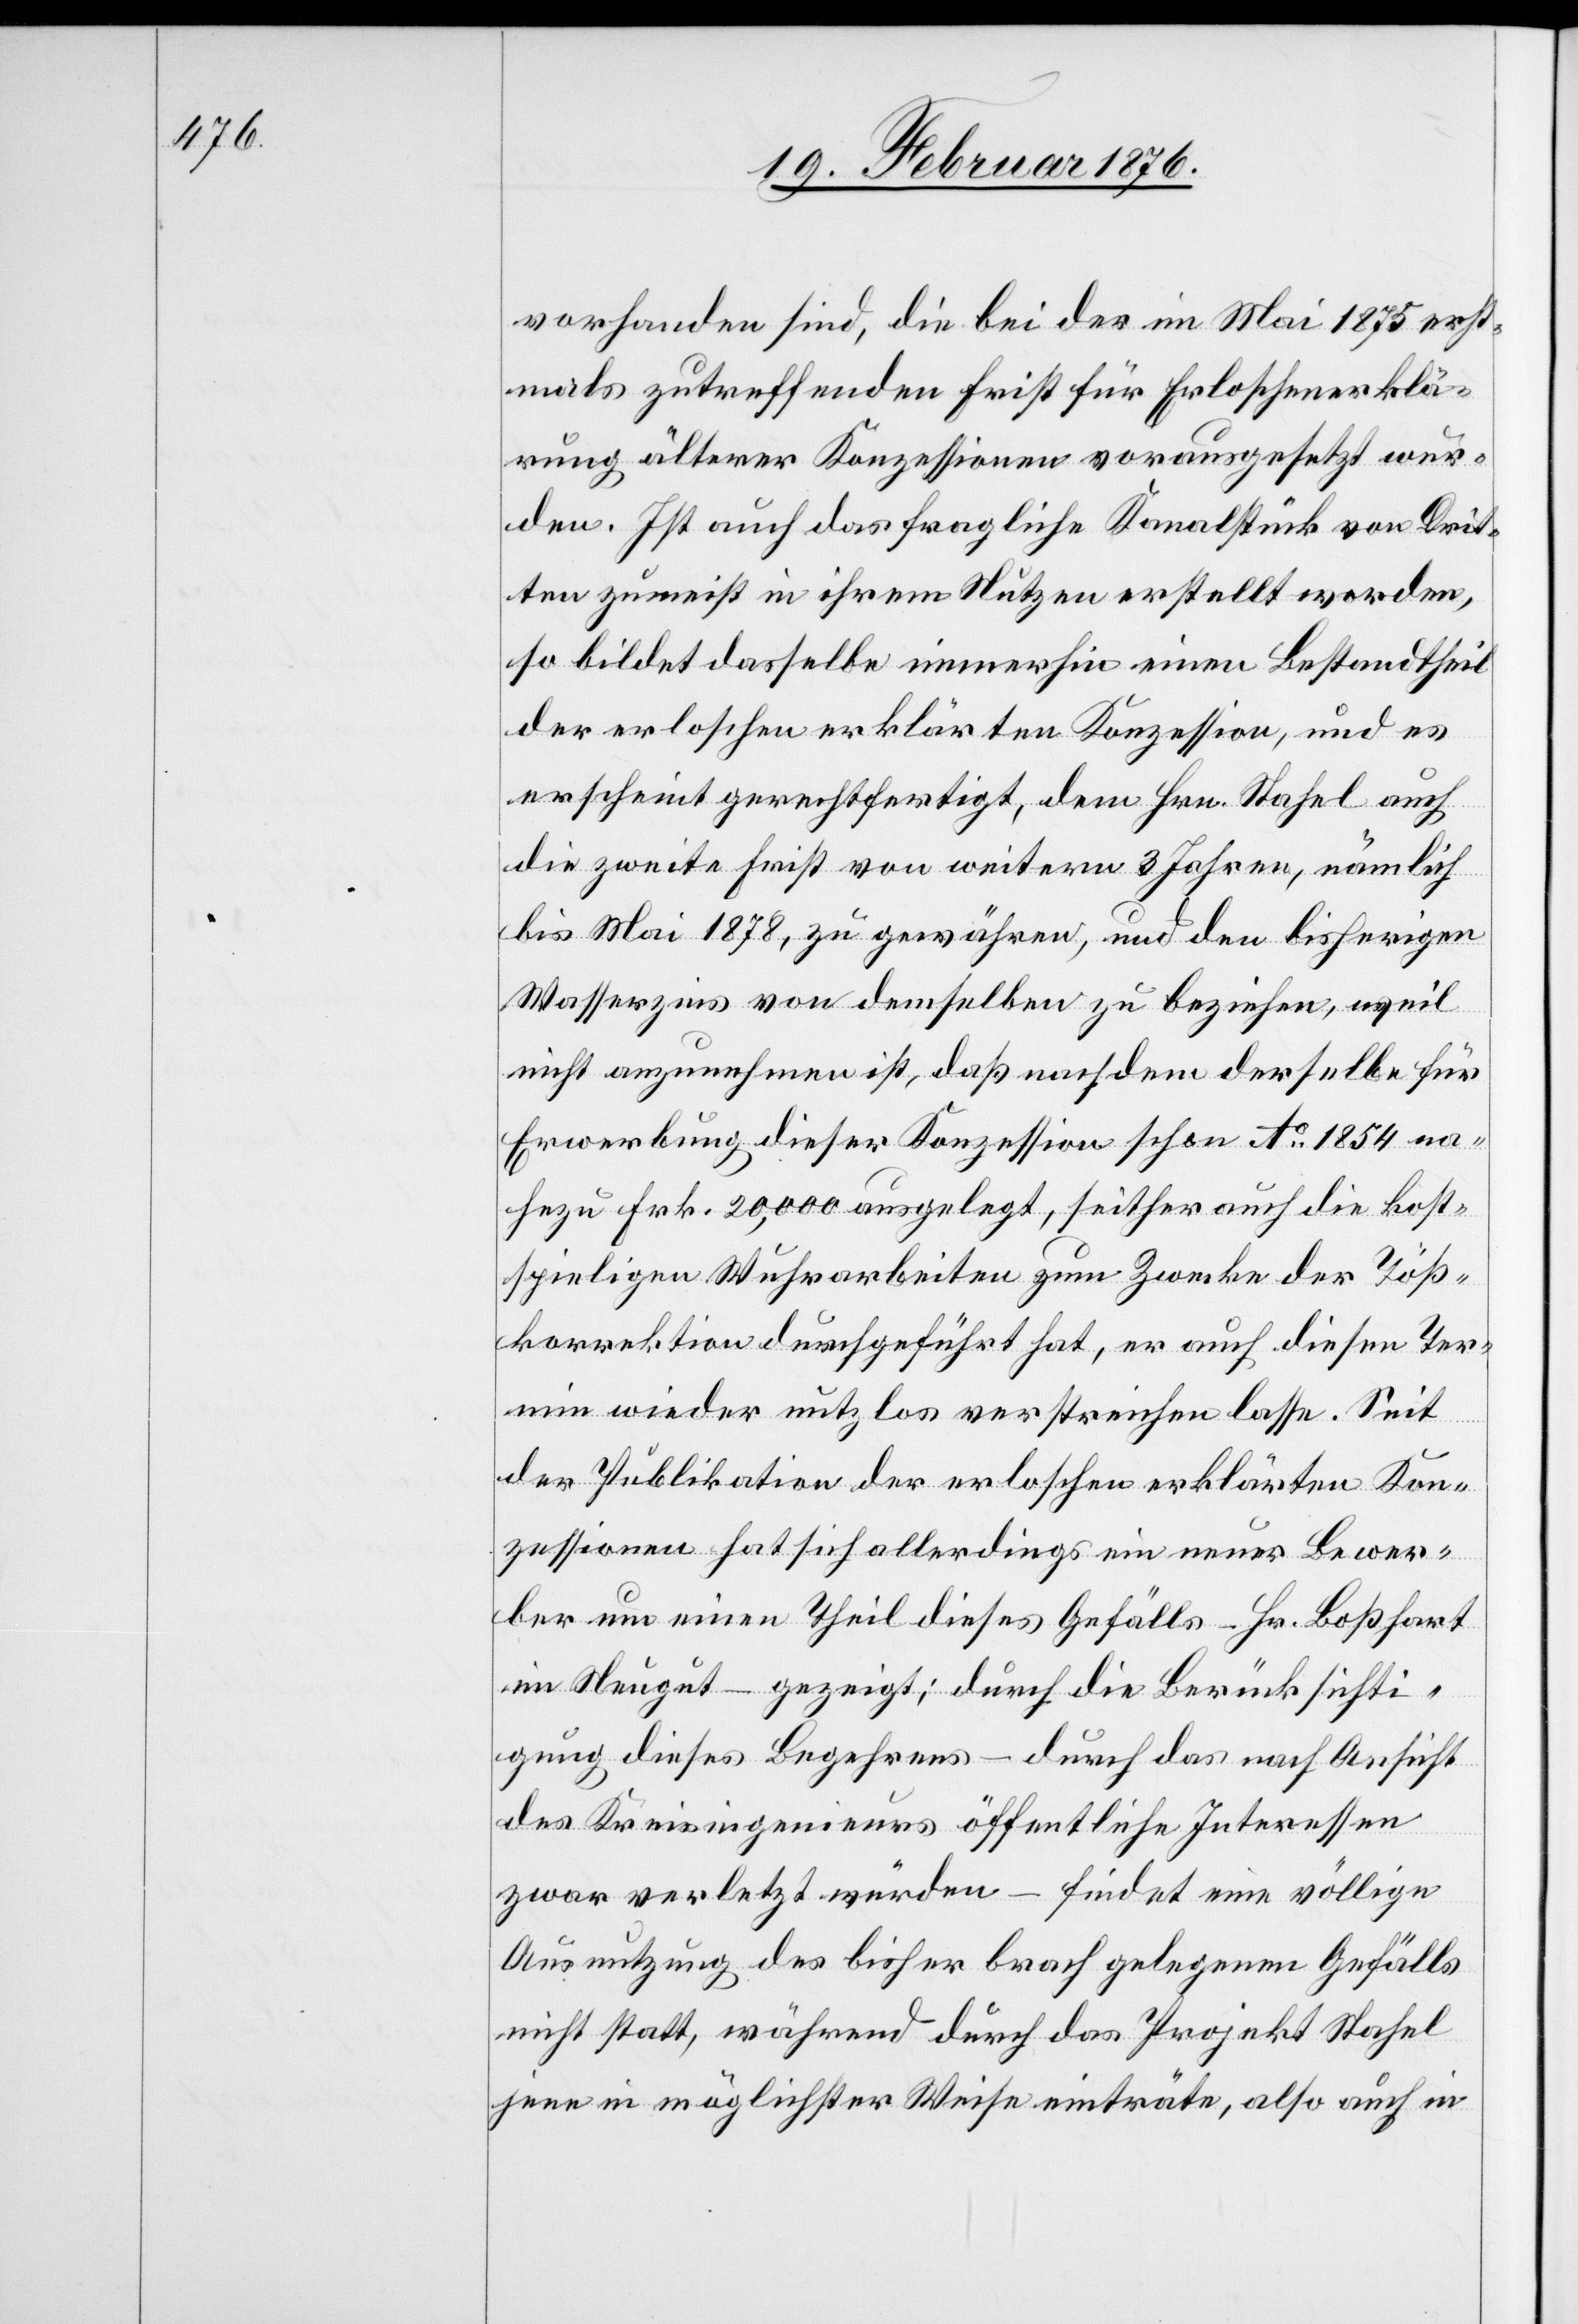
vorhanden sind, die bei der im Mai 1875 erst¬
mals zutreffenden Frist für Erloschenesklä¬
rung älterer Konzessionen vorausgesetzt wer¬
den. Ist auch das fragliche Kanalstück von Drit¬
ten zunächst in ihrem Nutzen erstellt worden,
so bildet dasselbe immerhin einen Bestandtheil
der erloschen erklärten Konzession, und es
erscheint gerechtfertigt, dem Hrn. Stahel
die zweite Frist von weitern 3 Jahren, nämlich
bis Mai 1878, zu gewähren, und den bisherigen
Wasserzins von demselben zu beziehen, weil
nicht anzunehmen ist, daß nachdem derselbe für
Erwerbung dieser Konzession schon Ao 1854 na¬
hezu Frk. 20,000 ausgelegt hat, seither auch die kost¬
spieligen Wuhrarbeiten zum Zwecke der Töß¬
korrektion durchgeführt hat, er auch diesen Ter¬
min wieder nutzlos verstreichen lasse. Seit
der Publikation der erloschen erklärten Kon¬
zessionen hat sich allerdings ein neuer Bewer¬
ber um einen Theil dieses Gefälles – Hr. Boßhart
im Neugut – gezeigt; durch die Berücksichti¬
gung dieses Begehrens – durch das nach Ansicht
des Kreisingenieurs öffentliche Interessen
zwar verletzt würden – findet eine völlige
Ausnutzung des bisher brach gelegenen Gefälls
nicht statt, während durch das Projekt Stahel
jene in möglichster Weise einträte, also auch in